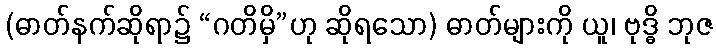
(ဓာတ်နက်ဆိုရာ၌ “ဂတိမှိ”ဟု ဆိုရသော) ဓာတ်များကို ယူ၊ ဗုဒ္ဓိ ဘုဇ